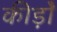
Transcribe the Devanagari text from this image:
कीड़ोे